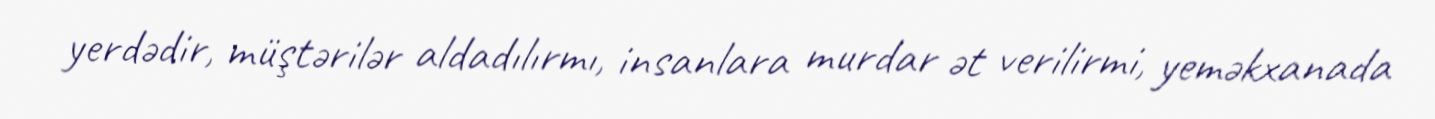
yerdədir, müştərilər aldadılırmı, insanlara murdar ət verilirmi, yeməkxanada